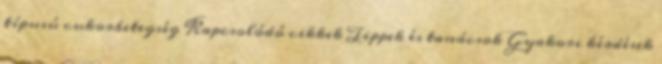
típusú cukorbetegség Kapcsolódó cikkek Tippek és tanácsok Gyakori kérdések